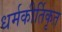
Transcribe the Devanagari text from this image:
धर्मकीर्तिकृत